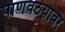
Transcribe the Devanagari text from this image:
पाणवठय़ावर